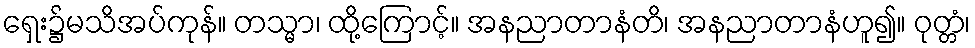
ရှေး၌မသိအပ်ကုန်။ တသ္မာ၊ ထို့ကြောင့်။ အနညာတာနံတိ၊ အနညာတာနံဟူ၍။ ဝုတ္တံ၊